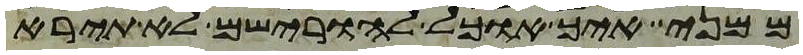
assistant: ממני איך אוכל להורישם לא תירא